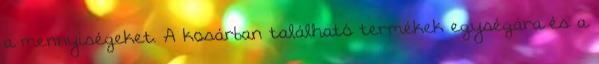
a mennyiségeket. A kosárban található termékek egységára és a